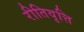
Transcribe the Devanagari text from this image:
रीतिवृत्ति